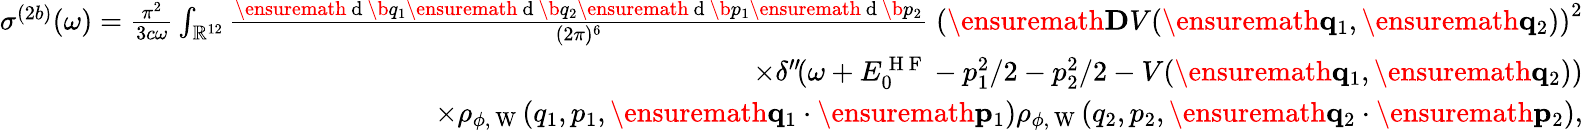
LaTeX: \begin{array}{r}{\sigma^{(2b)}(\omega)=\frac{\pi^{2}}{3c\omega}\int_{\mathbb{R}^{12}}\frac{\ensuremath{\mathrm{~d~}}\b{q}_{1}\ensuremath{\mathrm{~d~}}\b{q}_{2}\ensuremath{\mathrm{~d~}}\b{p}_{1}\ensuremath{\mathrm{~d~}}\b{p}_{2}}{(2\pi)^{6}}\; \left(\ensuremath{\mathbf{D}}V(\ensuremath{\mathbf{q}}_{1},\ensuremath{\mathbf{q}}_{2})\right)^{2}}\\ {\times\delta^{\prime\prime}\! (\omega+E_{0}^{\mathrm{~H~F~}}-p_{1}^{2}/2-p_{2}^{2}/2-V(\ensuremath{\mathbf{q}}_{1},\ensuremath{\mathbf{q}}_{2}))}\\ {\times\rho_{\phi,\mathrm{~W~}}(q_{1},p_{1},\ensuremath{\mathbf{q}}_{1}\cdot\ensuremath{\mathbf{p}}_{1})\rho_{\phi,\mathrm{~W~}}(q_{2},p_{2},\ensuremath{\mathbf{q}}_{2}\cdot\ensuremath{\mathbf{p}}_{2}),}\end{array}